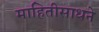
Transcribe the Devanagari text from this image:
माहितीसाधने